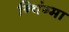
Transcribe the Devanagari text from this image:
न्विंग्मा